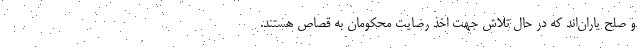
و صلح یاران‌اند که در حال تلاش جهت اخذ رضایت محکومان به قصاص هستند.